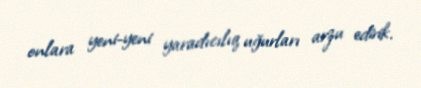
onlara yeni-yeni yaradıcılıq uğurları arzu edirik.